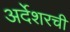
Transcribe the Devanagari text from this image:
अर्देशरची